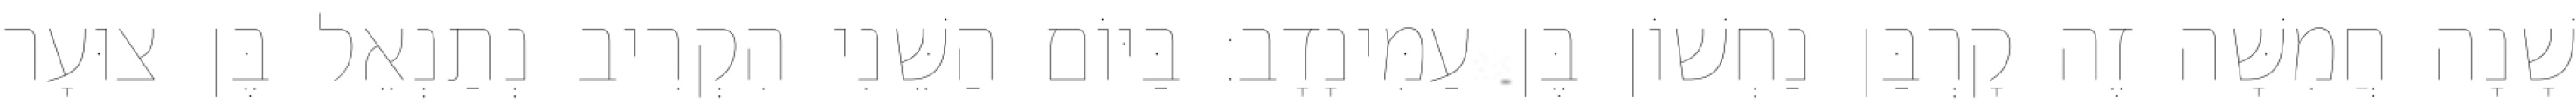
שָׁנָה חֲמִשָּׁה זֶה קָרְבַּן נַחְשׁוֹן בֶּן עַמִּינָדָב׃ בַּיּוֹם הַשֵּׁנִי הִקְרִיב נְתַנְאֵל בֶּן צוּעָר